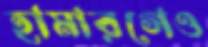
হামারগেও